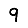
Digit: 9